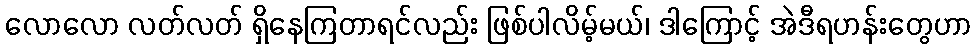
လောလော လတ်လတ် ရှိနေကြတာရင်လည်း ဖြစ်ပါလိမ့်မယ်၊ ဒါကြောင့် အဲဒီရဟန်းတွေဟာ